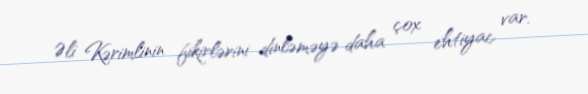
Əli Kərimlinin fikirlərini dinləməyə daha çox ehtiyac var.